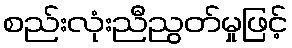
စည်းလုံးညီညွတ်မှုဖြင့်